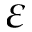
\varepsilon